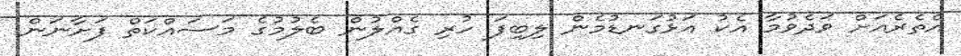
އެތެރެއަށް ވަދެވުމާ އެކު އަޅުގަނޑުމެން ލިބިފަ ހުރި ގެއްލުން ބެލުމުގެ މަސައްކަތް ފަށާނަން.